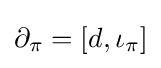
\partial _{\pi }=[d,\iota _{\pi }]